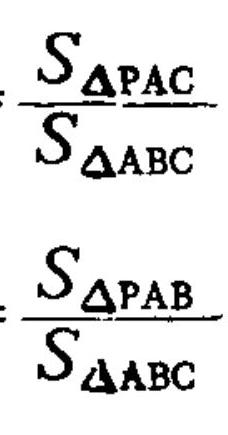
\(\frac{S_{\triangle PAC}}{S_{\triangle ABC}}\)
\(\frac{S_{\triangle PAB}}{S_{\triangle ABC}}\)